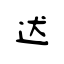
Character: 迖